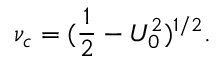
\nu _ { c } = ( \frac { 1 } { 2 } - U _ { 0 } ^ { 2 } ) ^ { 1 / 2 } .